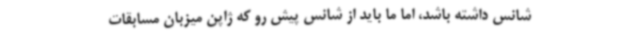
شانس داشته باشد، اما ما باید از شانس پیش رو که ژاپن میزبان مسابقات